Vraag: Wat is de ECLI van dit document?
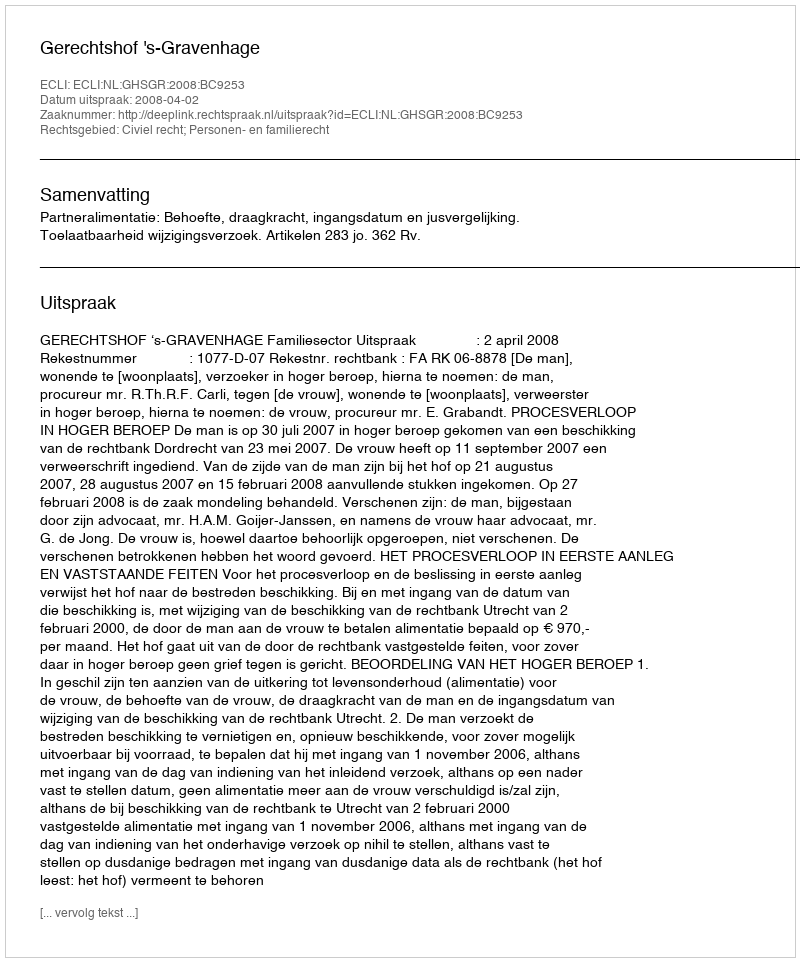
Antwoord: ECLI:NL:GHSGR:2008:BC9253